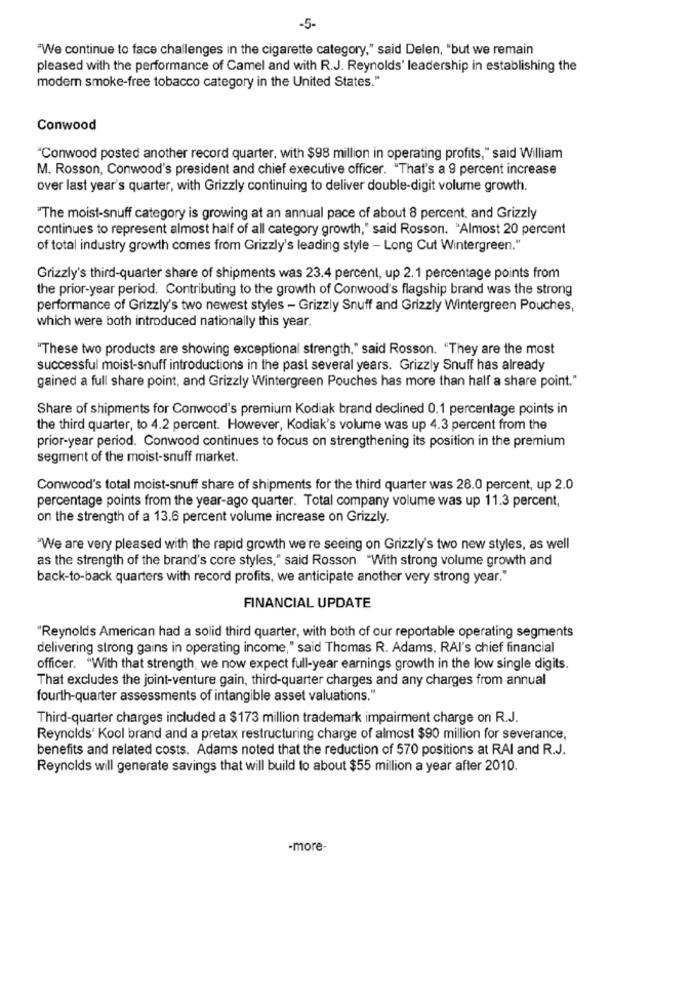
-5-
"We continue to face challenges in the cigarette category," said Delen, "but we remain
pleased with the performance of Camel and with R.J. Reynolds' leadership in establishing the
modem smoke-free tobacco category in the United States."
Conwood
"Conwood posted another record quarter, with $98 million in operating profits," said William
M. Rosson, Conwood's president and chief executive officer. "That's a 9 percent increase
over last year's quarter, with Grizzly continuing to deliver double-digit volume growth.
"The moist-snuff category is growing at an annual pace of about 8 percent, and Grizzly
continues to represent almost half of all category growth," said Rosson. "Almost 20 percent
of total industry growth comes from Grizzly's leading style - Long Cut Wintergreen."
Grizzly's third-quarter share of shipments was 23.4 percent, up 2.1 percentage points from
the prior-year period. Contributing to the growth of Conwood's flagship brand was the strong
performance of Grizzly's two newest styles - Grizzly Snuff and Grizzly Wintergreen Pouches,
which were both introduced nationally this year.
"These two products are showing exceptional strength," said Rosson. "They are the most
successful moist-snuff introductions in the past several years. Grizzly Snuff has already
gained a full share point, and Grizzly Wintergreen Pouches has more than half a share point."
Share of shipments for Conwood's premium Kodiak brand declined 0.1 percentage points in
the third quarter, to 4.2 percent. However, Kodiak's volume was up 4.3 percent from the
prior-year period. Conwood continues to focus on strengthening its position in the premium
segment of the moist-snuff market.
Conwood's total moist-snuff share of shipments for the third quarter was 28.0 percent, up 2.0
percentage points from the year-ago quarter. Total company volume was up 11.3 percent,
on the strength of a 13.6 percent volume increase on Grizzly.
"We are very pleased with the rapid growth we're seeing on Grizzly's two new styles, as well
as the strength of the brand's core styles," said Rosson. "With strong volume growth and
back-to-back quarters with record profits, we anticipate another very strong year."
FINANCIAL UPDATE
"Reynolds American had a solid third quarter, with both of our reportable operating segments
delivering strong gains in operating income," said Thomas R. Adams, RAI's chief financial
officer. "With that strength, we now expect full-year earnings growth in the low single digits.
That excludes the joint-venture gain, third-quarter charges and any charges from annual
fourth-quarter assessments of intangible asset valuations."
Third-quarter charges included a $173 million trademark impairment charge on R.J.
Reynolds' Kool brand and a pretax restructuring charge of almost $90 million for severance,
benefits and related costs. Adams noted that the reduction of 570 positions at RAI and R.J.
Reynolds will generate savings that will build to about $55 million a year after 2010.
-more-